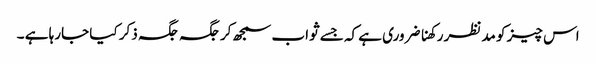
اس چیز کو مدنظر رکھنا ضروری ہے کہ جسے ثواب سمجھ کر جگہ جگہ ذکر کیا جارہا ہے ۔